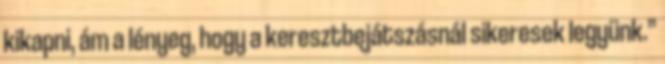
kikapni, ám a lényeg, hogy a keresztbejátszásnál sikeresek legyünk.”